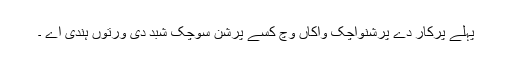
پہلے پرکار دے پرشنواچک واکاں وچ کسے پرشن سوچک شبد دی ورتوں ہندی اے ۔